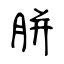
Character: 胼